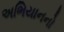
અભિયાનનો